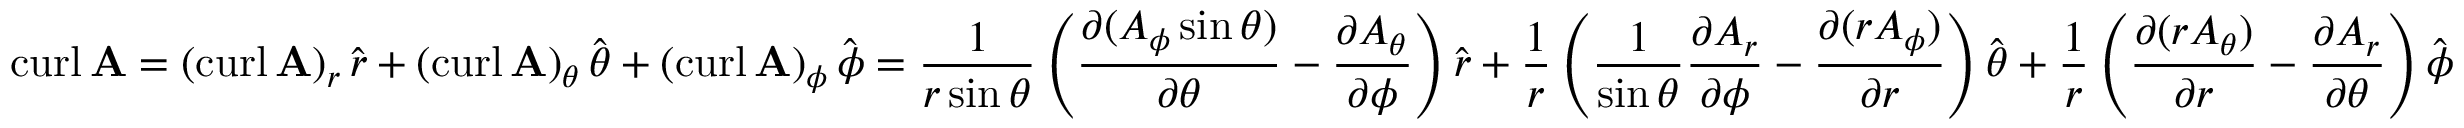
\operatorname { c u r l } \mathbf { A } = ( \operatorname { c u r l } \mathbf { A } ) _ { r } \, { \hat { \boldsymbol { r } } } + ( \operatorname { c u r l } \mathbf { A } ) _ { \theta } \, { \hat { \boldsymbol { \theta } } } + ( \operatorname { c u r l } \mathbf { A } ) _ { \phi } \, { \hat { \boldsymbol { \phi } } } = { \frac { 1 } { r \sin \theta } } \left( { \frac { \partial ( A _ { \phi } \sin \theta ) } { \partial \theta } } - { \frac { \partial A _ { \theta } } { \partial \phi } } \right) { \hat { \boldsymbol { r } } } + { \frac { 1 } { r } } \left( { \frac { 1 } { \sin \theta } } { \frac { \partial A _ { r } } { \partial \phi } } - { \frac { \partial ( r A _ { \phi } ) } { \partial r } } \right) { \hat { \boldsymbol { \theta } } } + { \frac { 1 } { r } } \left( { \frac { \partial ( r A _ { \theta } ) } { \partial r } } - { \frac { \partial A _ { r } } { \partial \theta } } \right) { \hat { \boldsymbol { \phi } } }